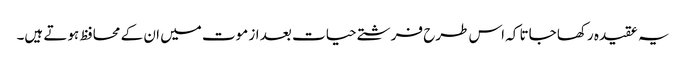
یہ عقیدہ رکھا جاتا کہ اس طرح فرشتے حیات بعد از موت میں ان کے محافظ ہوتے ہیں۔